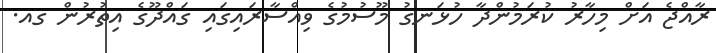
ރާއްޖެ އަށް މިހާރު ކުރަމުންދާ ހުޅަނގު މޫސުމުގެ ވިއްސާރައިގައި ގައްދޫގެ އިތުރުން ގއ.